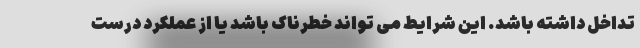
تداخل داشته باشد. این شرایط می تواند خطرناک باشد یا از عملکرد درست